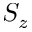
S _ { z }